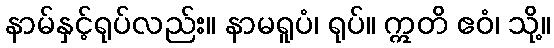
နာမ်နှင့်ရုပ်လည်း။ နာမရူပံ၊ ရုပ်။ ဣတိ ဧဝံ၊ သို့။